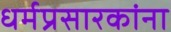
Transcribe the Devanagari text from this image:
धर्मप्रसारकांना